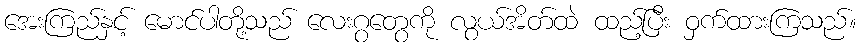
အေးကြည်နှင့် မောင်ပါတို့သည် လေးဂွတွေကို လွယ်အိတ်ထဲ ထည့်ပြီး ဝှက်ထားကြသည်။